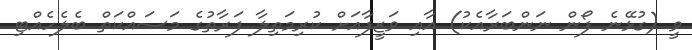
ވީ (ގުޅޭނެ ފޯން ނަންބަރާއެކު) އާއި ވަޒީފާއަށް ކުރިމަތިލާ ފަރާތުގެ މަސައްކަތް ބެލެހެއްޓި